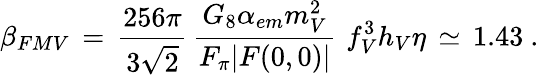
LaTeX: \beta_{FMV}\, =\, \frac{256\pi}{3\sqrt{2}}\, \frac{G_{8}\alpha_{em}m_{V}^{2}}{F_{\pi}|F(0,0)|}\, \, f_{V}^{3}h_{V}\eta\, \simeq\, 1.43~.